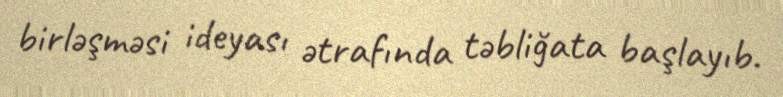
birləşməsi ideyası ətrafında təbliğata başlayıb.